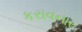
કરાવનાર